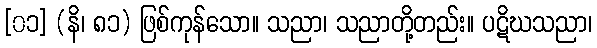
[၀၁] (နိ၊ ၈၁) ဖြစ်ကုန်သော။ သညာ၊ သညာတို့တည်း။ ပဋိဃသညာ၊